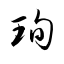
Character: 珣